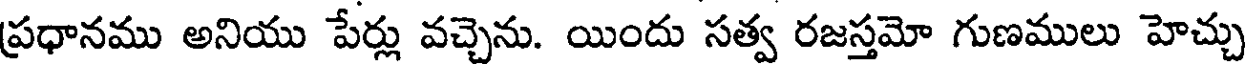
ప్రధానము అనియు పేర్లు వచ్చెను. యిందు సత్వ రజస్తమో గుణములు హెచ్చు